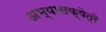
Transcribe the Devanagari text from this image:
अभ्यासक्षेत्रे